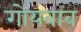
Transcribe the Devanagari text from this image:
गोयबाब